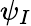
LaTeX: \psi_{I}